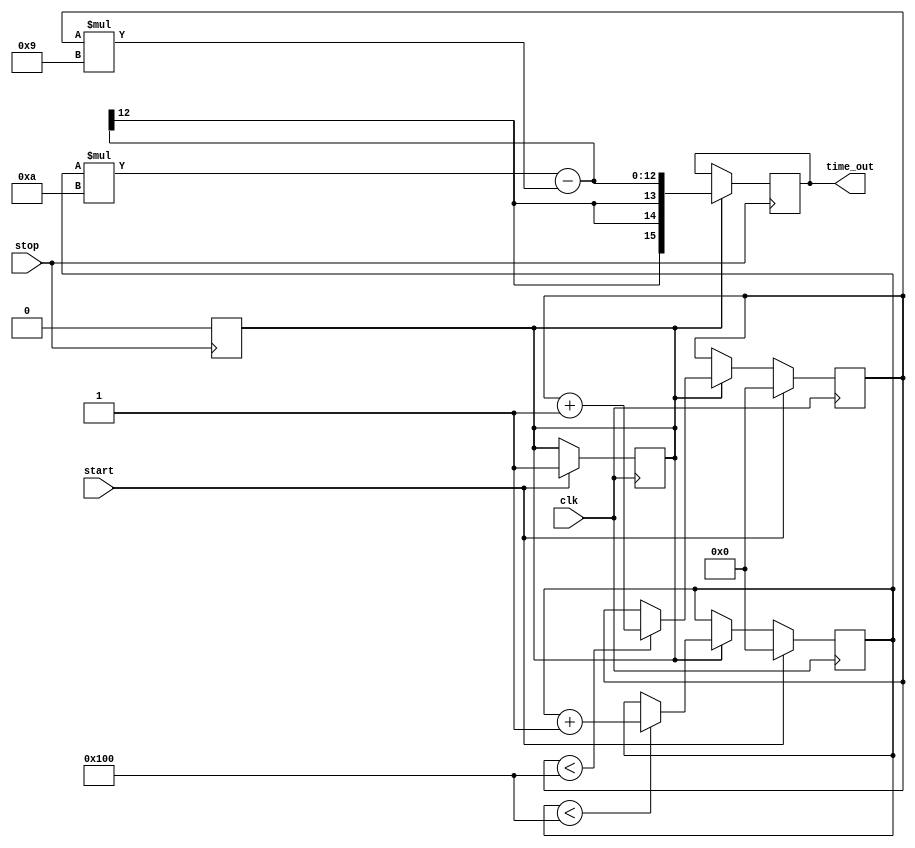
module TDC (
    input wire clk,            // System clock
    input wire start,          // Start signal
    input wire stop,           // Stop signal
    output reg [15:0] time_out // Output time interval
);

    // Parameters for delay increments (in simulation units)
    parameter DELAY_A = 10; // Delay increment for Delay Line A (1 ns)
    parameter DELAY_B = 9;  // Delay increment for Delay Line B (0.9 ns)
    parameter MAX_DELAY = 256; // Maximum number of delay stages

    // Delay line registers
    reg [MAX_DELAY-1:0] delay_line_a;
    reg [MAX_DELAY-1:0] delay_line_b;

    // Control signals
    reg measuring;
    reg [7:0] count_a;
    reg [7:0] count_b;

    // State machine for TDC operation
    always @(posedge clk) begin
        if (start) begin
            // Reset delay lines and counters
            delay_line_a <= 0;
            delay_line_b <= 0;
            count_a <= 0;
            count_b <= 0;
            measuring <= 1; // Start measuring
        end
        else if (measuring) begin
            // Increment delay lines
            if (count_a < MAX_DELAY) begin
                delay_line_a <= {delay_line_a[MAX_DELAY-2:0], 1'b1}; // Shift in a new delay
                count_a <= count_a + 1;
            end
            if (count_b < MAX_DELAY) begin
                delay_line_b <= {delay_line_b[MAX_DELAY-2:0], 1'b1}; // Shift in a new delay
                count_b <= count_b + 1;
            end
        end
    end

    // Capture time interval on stop signal
    always @(posedge stop) begin
        if (measuring) begin
            measuring <= 0; // Stop measuring
            // Calculate the time difference based on the delay lines
            time_out <= (count_a * DELAY_A) - (count_b * DELAY_B);
        end
    end

endmodule